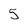
Character: 5